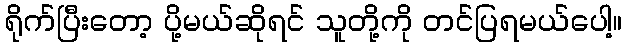
ရိုက်ပြီးတော့ ပို့မယ်ဆိုရင် သူတို့ကို တင်ပြရမယ်ပေါ့။